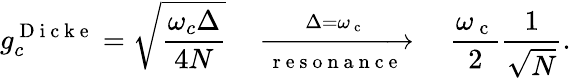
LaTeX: g_{c}^{\mathrm{~D~i~c~k~e~}}=\sqrt{\frac{\omega_{c}\Delta}{4N}}\quad\xrightarrow[\mathrm{~r~e~s~o~n~a~n~c~e~}]{\; \Delta=\omega_{\mathrm{~c~}}\; }\quad\frac{\omega_{\mathrm{~c~}}}{2}\frac{1}{\sqrt{N}}.